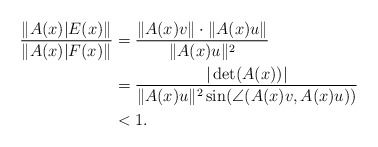
\begin{align*}\begin{aligned}\frac{\|A(x)|{E(x)}\|}{\|A(x)|{F(x)}\|}&=\frac{\|A(x)v\|\cdot\|A(x)u\|}{\|A(x)u\|\sp2}\\&=\frac{|\det(A(x))|}{\|A(x)u\|\sp2\sin(\angle(A(x)v,A(x)u))}\\&<1.\end{aligned}\end{align*}